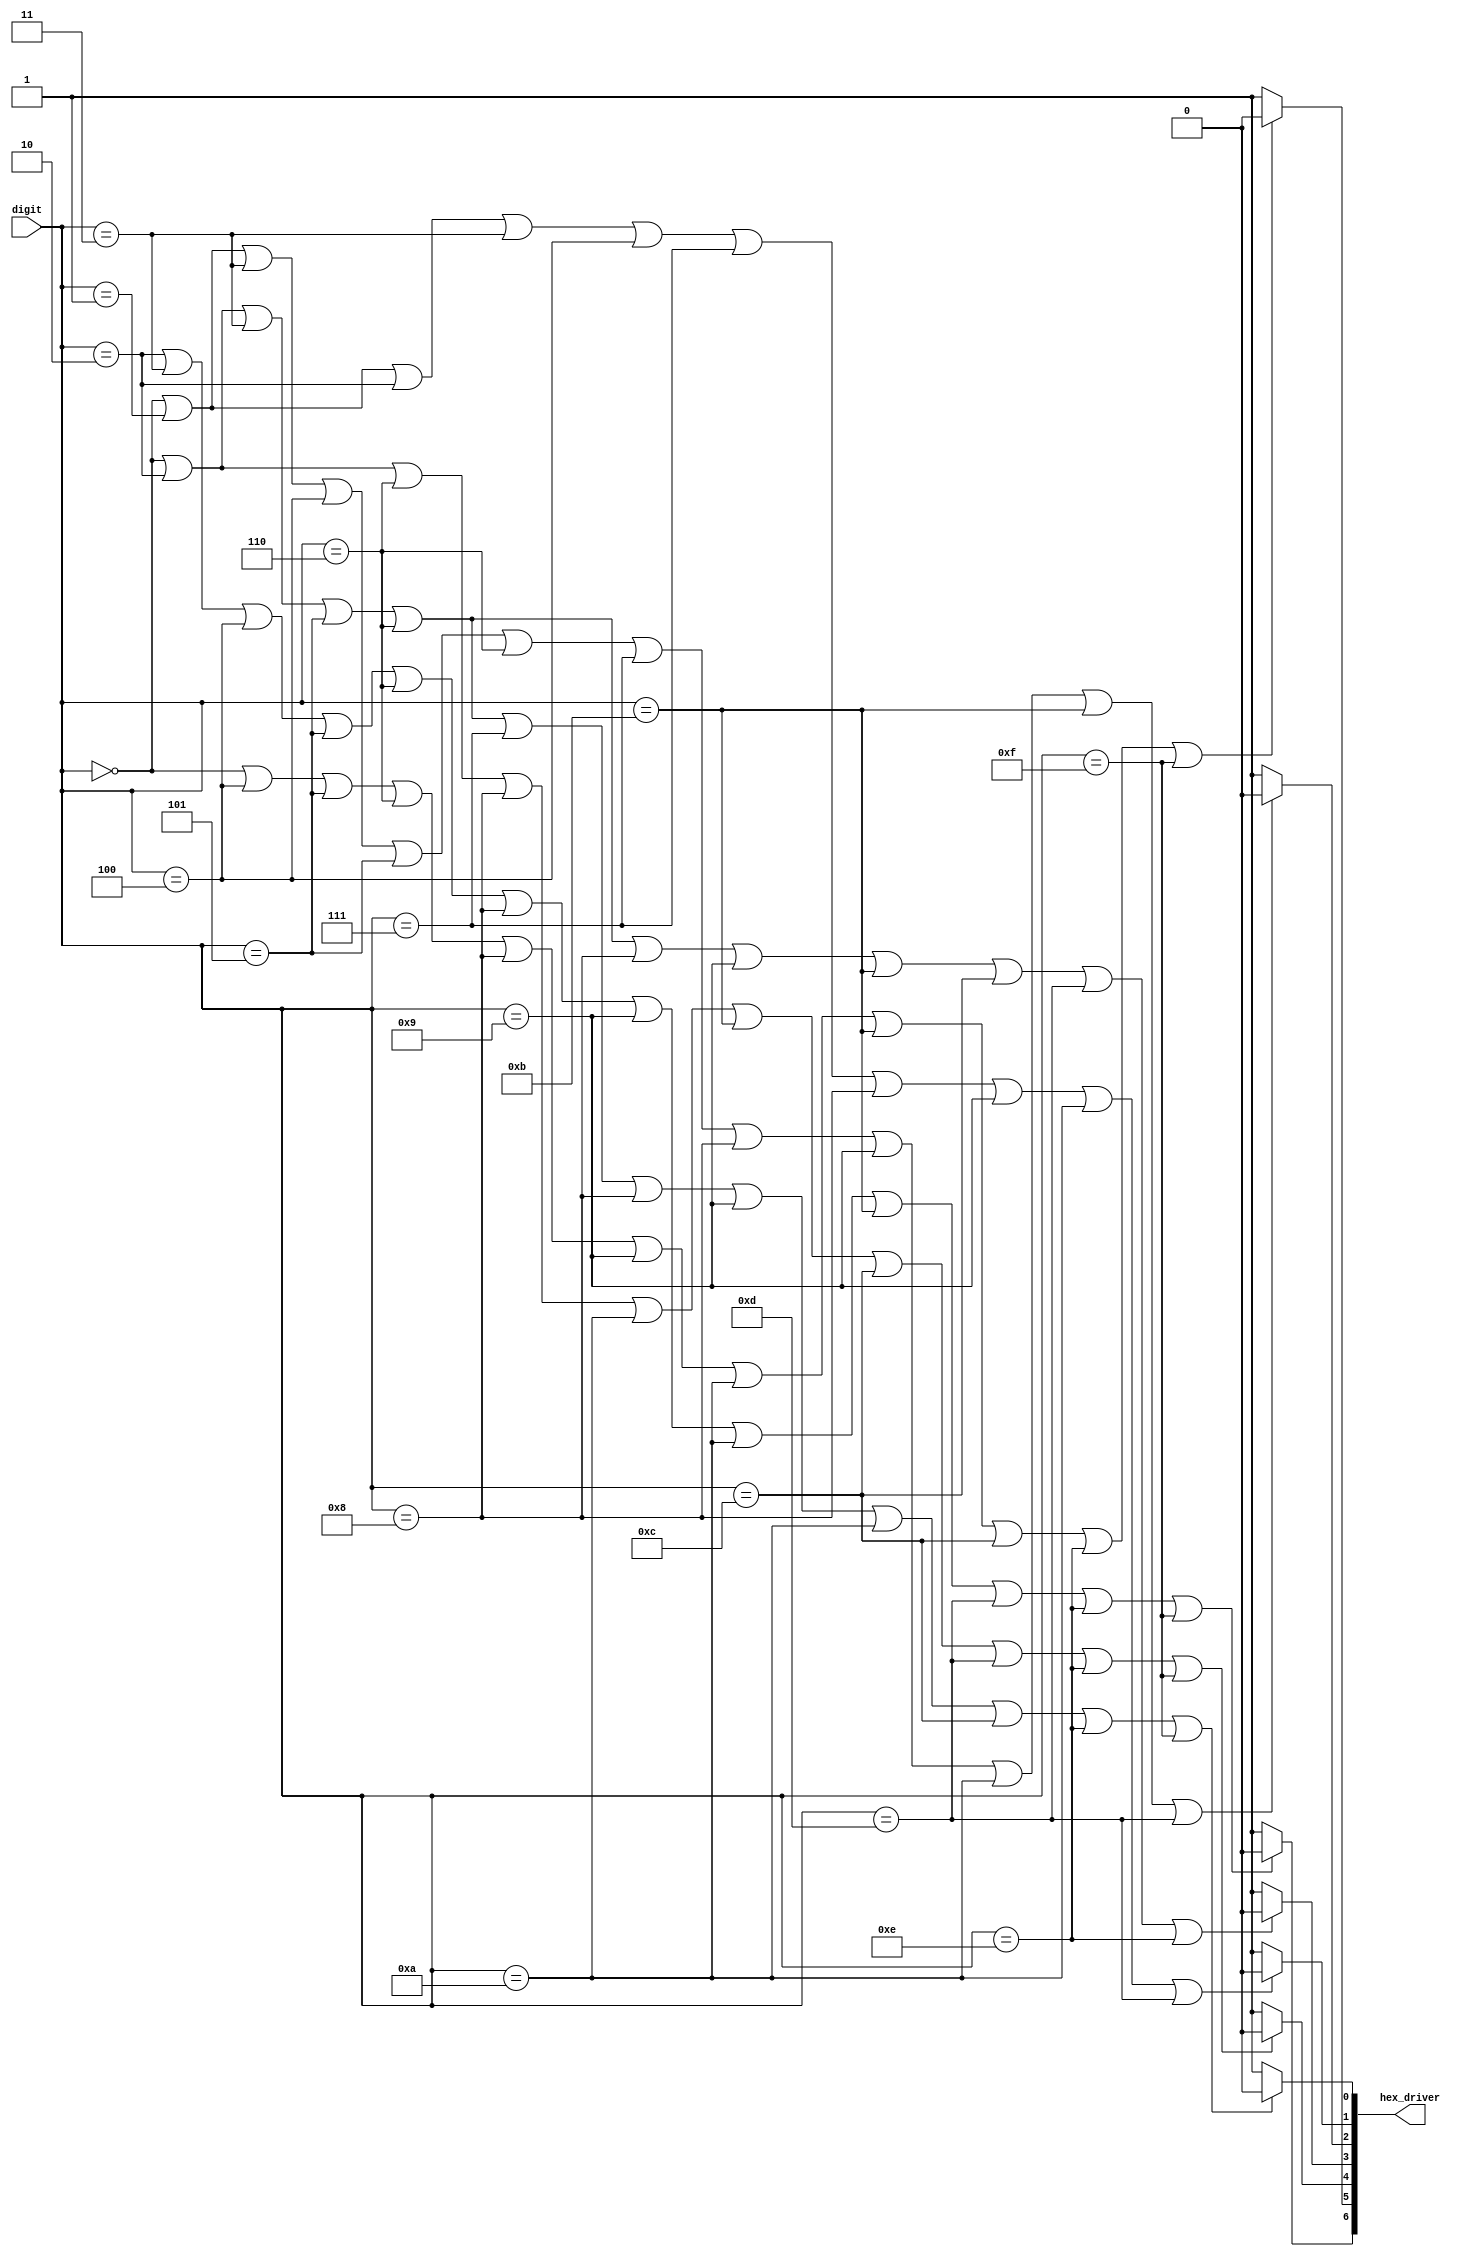
// Version:    1
// Description: Continuous assignment model for seven segment decoder with a
//				4 bit input and 7 bit output
//       
//////////////

module sevensegdecoder_zgrankin(digit, hex_driver);
   input  [3:0] digit;
   output [6:0] hex_driver;
   
   
   // if input should light up specific segment set value to 0, if not set value to 1
   
   // check for all inputs that have '0' segment lit
   assign hex_driver[0] = ((digit == 4'd0) | (digit == 4'd2) | (digit == 4'd3)
   | (digit == 4'd5) | (digit == 4'd6) | (digit == 4'd7) | (digit == 4'd8)
   | (digit == 4'd9) | (digit == 4'd10) | (digit == 4'd12) | (digit == 4'd14)
   | (digit == 4'd15)) ? 1'b0 : 1'b1;
   
   // check for all inputs that have '1' segment lit
   assign hex_driver[1] = ((digit == 4'd0) | (digit == 4'd1) | (digit == 4'd2)
   | (digit == 4'd3) | (digit == 4'd4) | (digit == 4'd7) | (digit == 4'd8)
   | (digit == 4'd9) | (digit == 4'd10) | (digit == 4'd13)) ? 1'b0 : 1'b1;
   
   // check for all inputs that have '2' segment lit
   assign hex_driver[2] = ((digit == 4'd0) | (digit == 4'd1) | (digit == 4'd3)
   | (digit == 4'd4) | (digit == 4'd5) | (digit == 4'd6) | (digit == 4'd7)
   | (digit == 4'd8) | (digit == 4'd9) | (digit == 4'd10) | (digit == 4'd11)
   | (digit == 4'd13)) ? 1'b0 : 1'b1;
   
   // check for all inputs that have '3' segment lit
   assign hex_driver[3] = ((digit == 4'd0) | (digit == 4'd2) | (digit == 4'd3)
   | (digit == 4'd5) | (digit == 4'd6) | (digit == 4'd8) | (digit == 4'd9)
   | (digit == 4'd11) | (digit == 4'd12) | (digit == 4'd13) | (digit == 4'd14)) ? 1'b0 : 1'b1;
   
   // check for all inputs that have '4' segment lit
   assign hex_driver[4] = ((digit == 4'd0) | (digit == 4'd2) | (digit == 4'd6)
   | (digit == 4'd8) | (digit == 4'd10) | (digit == 4'd11) | (digit == 4'd12)
   | (digit == 4'd13) | (digit == 4'd14) | (digit == 4'd15)) ? 1'b0 : 1'b1;
   
   // check for all inputs that have '5' segment lit
   assign hex_driver[5] = ((digit == 4'd0) | (digit == 4'd4) | (digit == 4'd5)
   | (digit == 4'd6) | (digit == 4'd8) | (digit == 4'd9) | (digit == 4'd10)
   | (digit == 4'd11) | (digit == 4'd12) | (digit == 4'd14) | (digit == 4'd15)) ? 1'b0 : 1'b1;
   
   // check for all inputs that have '6' segment lit
   assign hex_driver[6] = ((digit == 4'd2) | (digit == 4'd3) | (digit == 4'd4)
   | (digit == 4'd5) | (digit == 4'd6) | (digit == 4'd8) | (digit == 4'd9)
   | (digit == 4'd10) | (digit == 4'd11) | (digit == 4'd13) | (digit == 4'd14)
   | (digit == 4'd15)) ? 1'b0 : 1'b1;
   
   // END INSERT

endmodule